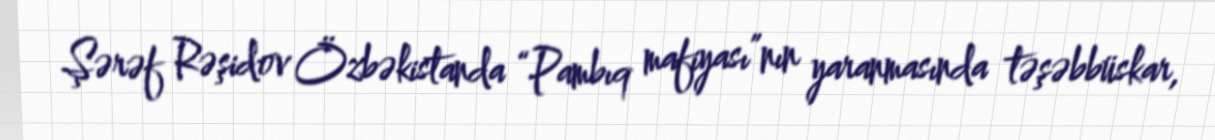
Şərəf Rəşidov Özbəkistanda “Pambıq mafiyası”nın yaranmasında təşəbbüskar,